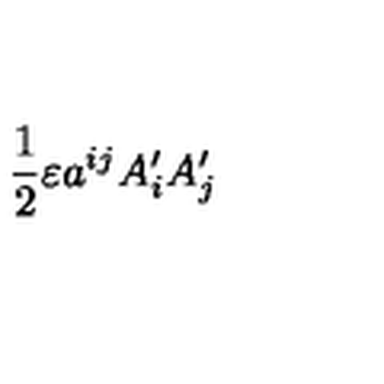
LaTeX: \frac { 1 } { 2 } \varepsilon a ^ { i j } A _ { i } ^ { \prime } A _ { j } ^ { \prime }